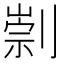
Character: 㓽